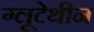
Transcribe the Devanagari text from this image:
ग्लूटेथीन